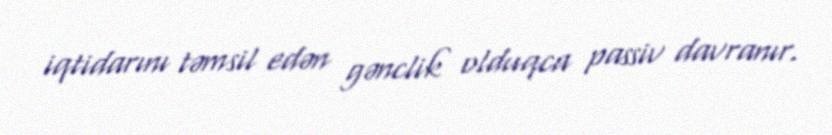
iqtidarını təmsil edən gənclik olduqca passiv davranır.